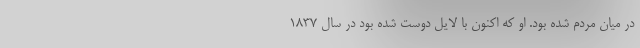
در میان مردم شده بود. او که اکنون با لایل دوست شده بود در سال ۱۸۳۷